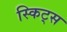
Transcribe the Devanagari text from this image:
स्किट्स